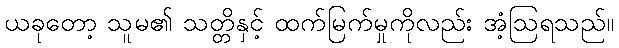
ယခုတော့ သူမ၏ သတ္တိနှင့် ထက်မြက်မှုကိုလည်း အံ့ဩရသည်။